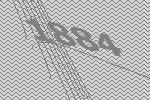
1884